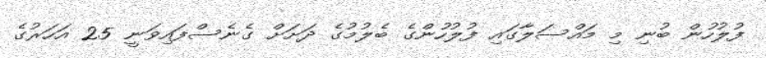
ފުލުހުން ބުނި މި މައްސަލާގައި ފުލުހުންގެ ބެލުމުގެ ދަށަށް ގެނެސްފައިވަނީ 25 އަހަރުގެ